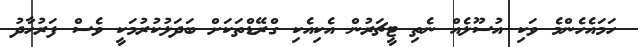
ހަމައެހެންމެ ވަކި އުސޫލެއް ނެތި ޓީޗަރުން އެކިއެކި ގްރޭޑްތަކަށް ބަދަލުކުރުމަކީ ވެސް ފަރުހާދު